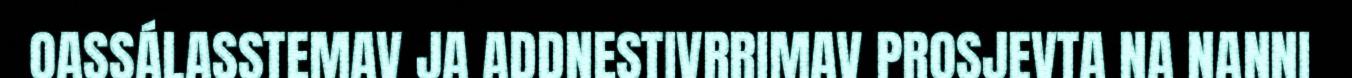
OASSÁLASSTEMAV JA ADDNESTIVRRIMAV PROSJEVTA NA NANNI